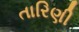
તારિણી